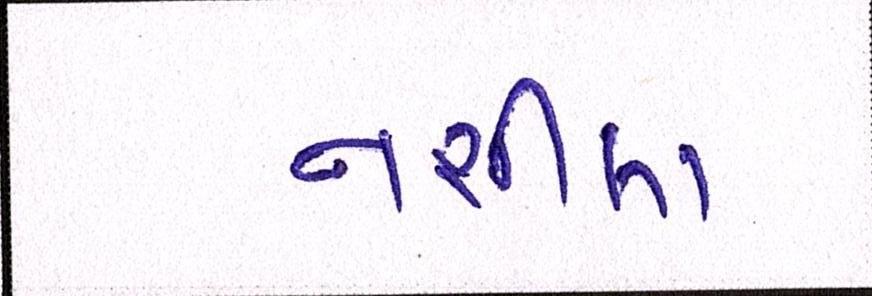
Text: નશીલા